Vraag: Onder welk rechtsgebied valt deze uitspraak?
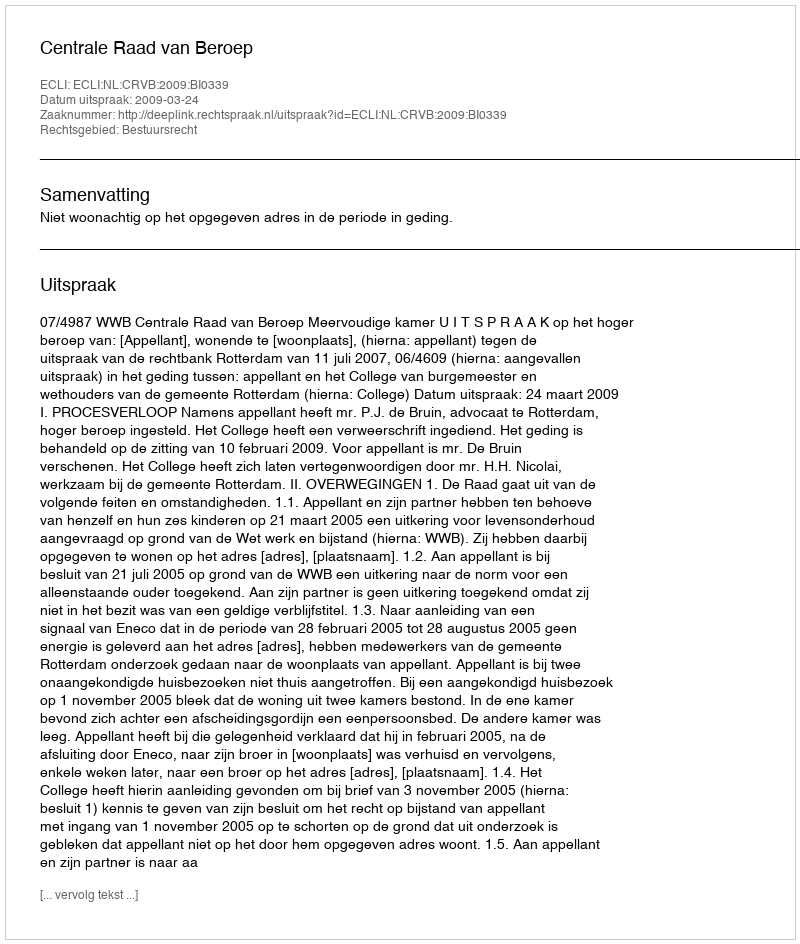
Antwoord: Bestuursrecht